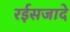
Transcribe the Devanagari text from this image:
रईसजादे